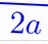
2a